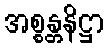
အစ္စန္တနိဋ္ဌာ